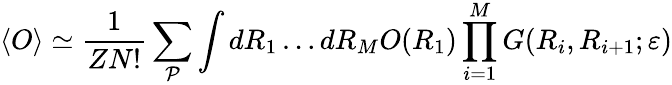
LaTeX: \langle O\rangle\simeq\frac{1}{ZN!}\sum_{\mathcal{P}}\int dR_{1}\ldots dR_{M}O(R_{1})\prod_{i=1}^{M}G(R_{i},R_{i+1};\varepsilon)